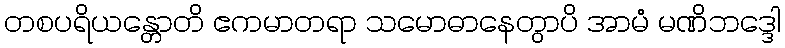
တစပရိယန္တောတိ ဧကမာတရာ သမောဓာနေတွာပိ အာမံ မဏိဘဒ္ဒေါ